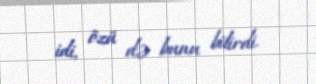
idi, özü də bunu bilirdi.